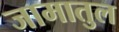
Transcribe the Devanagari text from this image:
जामातुल